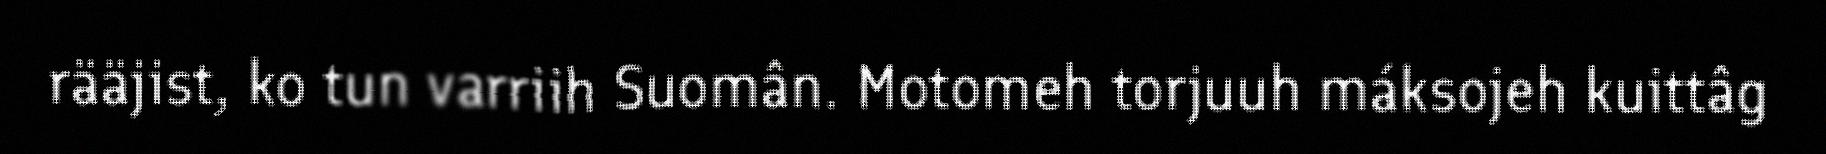
rääjist, ko tun varriih Suomân. Motomeh torjuuh máksojeh kuittâg